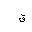
Letter: _qaf